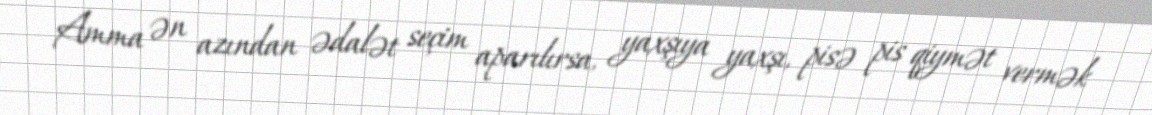
Amma ən azından ədalət seçim aparılırsa, yaxşıya yaxşı, pisə pis qiymət vermək